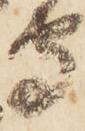
守